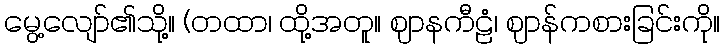
မွေ့လျော်၏သို့။ (တထာ၊ ထို့အတူ။ ဈာနကီဠံ၊ ဈာန်ကစားခြင်းကို။